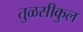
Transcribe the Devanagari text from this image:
तुळसीकुल